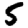
Digit: 5